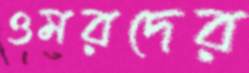
ওমরদের